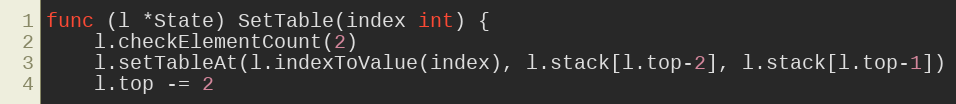
Language: Go
func (l *State) SetTable(index int) {
	l.checkElementCount(2)
	l.setTableAt(l.indexToValue(index), l.stack[l.top-2], l.stack[l.top-1])
	l.top -= 2